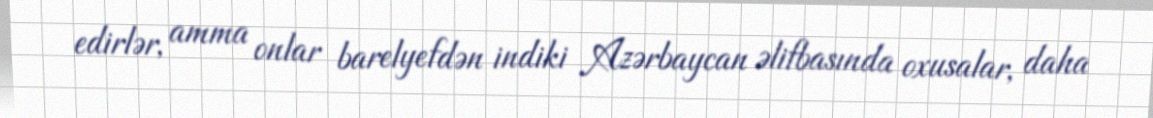
edirlər, amma onlar barelyefdən indiki Azərbaycan əlifbasında oxusalar, daha